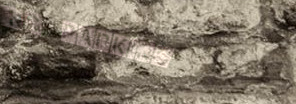
No Parking